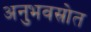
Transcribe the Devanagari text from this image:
अनुभवस्रोत